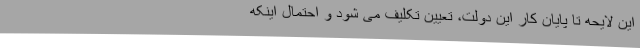
این لایحه تا پایان کار این دولت، تعیین تکلیف می شود و احتمال اینکه